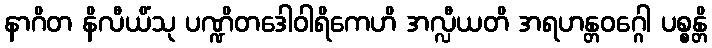
နာဂိတ နိလီယိံသု ပဏ္ဍိတဒေါဝါရိကေဟိ အလ္လီယတိ အရဟန္တဝဂ္ဂေါ ပစ္စန္တိ